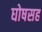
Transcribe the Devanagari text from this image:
घोषसह